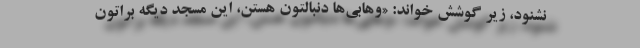
نشنود، زیر گوشش خواند: «وهابی‌ها دنبالتون هستن، این مسجد دیگه براتون